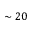
\sim 2 0